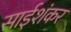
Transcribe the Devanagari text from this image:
साईशंकर